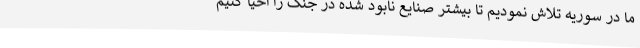
ما در سوریه تلاش نمودیم تا بیشتر صنایع نابود شده در جنگ را احیا کنیم